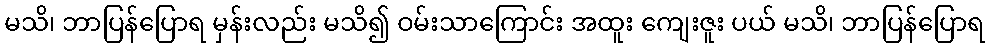
မသိ၊ ဘာပြန်ပြောရ မှန်းလည်း မသိ၍ ဝမ်းသာကြောင်း အထူး ကျေးဇူး ပယ် မသိ၊ ဘာပြန်ပြောရ